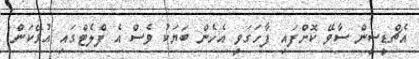
އެޗްޑީސީން ސާވޭ ކޮށްފައި ފާހަގަވީ އެހެން ބަޔަކު ވެސް އެ ފްލެޓްގައި އުޅޭކަން